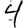
Digit: 4